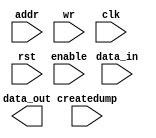
// 65,536 word by 8 bit memory
module mem_mod(
    //Output(s)
    data_out,
    //Input(s)
    data_in,
    addr,
    enable,
    wr,
    clk,
    rst,
    createdump
);
    parameter MEM_DEPTH = 65536;
    parameter MEM_WIDTH = 8;
    parameter DATA_WIDTH = 16;

    input wire[DATA_WIDTH - 1:0] data_in, addr;
    input wire enable, wr, clk, rst, createdump;
    output reg[DATA_WIDTH - 1:0] data_out;

    wire [MEM_DEPTH - 1:0] depth [MEM_WIDTH - 1:0];

    

endmodule